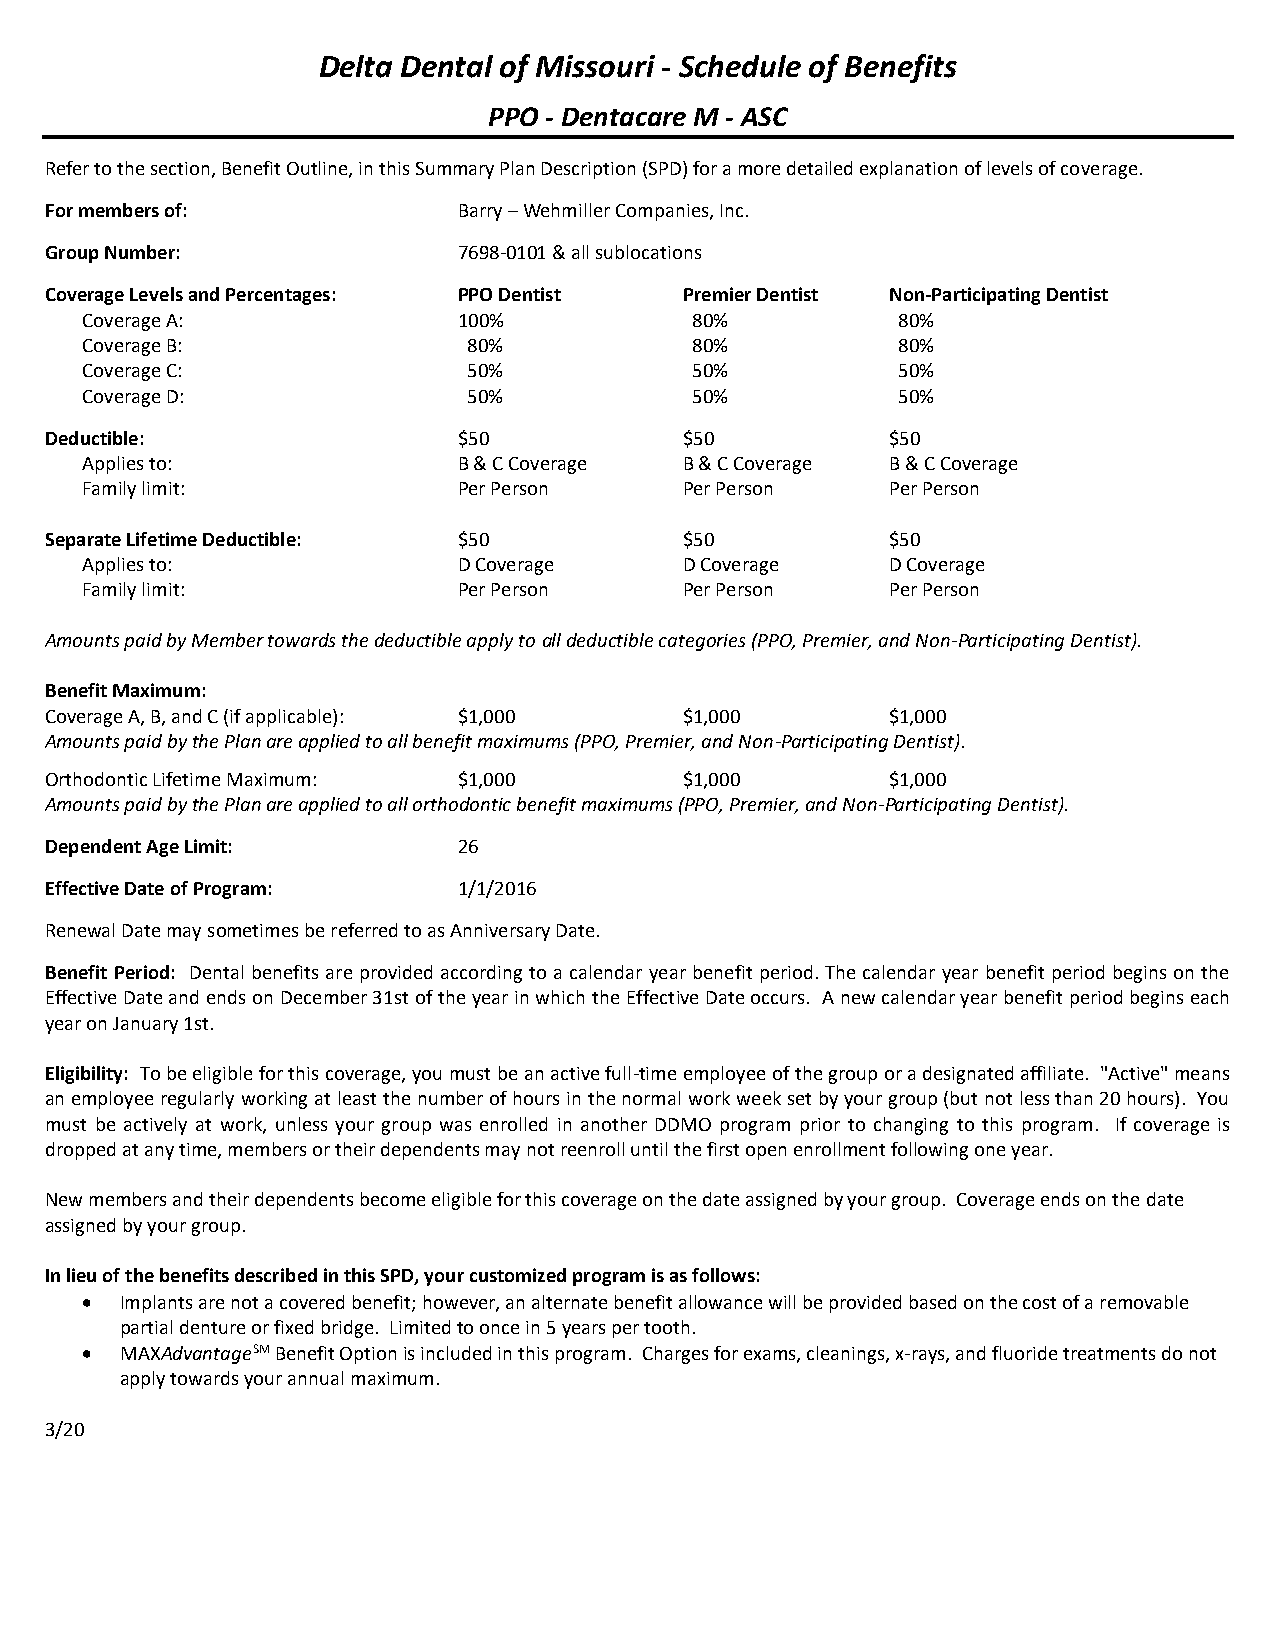
Delta Dental of Missouri - Schedule of Benefits
 PPO - Dentacare M - ASC
 Refer to the section, Benefit Outline, in this Summary Plan Description (SPD) for a more detailed explanation of levels of coverage.
 For members of:            Barry – Wehmiller Companies, Inc.
 Group Number:              7698-0101 & all sublocations
 Coverage Levels and Percentages: PPO Dentist Premier Dentist Non-Participating Dentist
 Coverage A:              100%            80%          80%
 Coverage B:               80%            80%          80%
 Coverage C:               50%            50%          50%
 Coverage D:               50%            50%          50%
 Deductible:                $50            $50           $50
 Applies to:              B & C Coverage B & C Coverage B & C Coverage
 Family limit:            Per Person     Per Person    Per Person
 Separate Lifetime Deductible: $50         $50           $50
 Applies to:              D Coverage     D Coverage    D Coverage
 Family limit:            Per Person     Per Person    Per Person
 Amounts paid by Member towards the deductible apply to all deductible categories (PPO, Premier, and Non-Participating Dentist).
 Benefit Maximum:
 Coverage A, B, and C (if applicable): $1,000 $1,000     $1,000
 Amounts paid by the Plan are applied to all benefit maximums (PPO, Premier, and Non-Participating Dentist).
 Orthodontic Lifetime Maximum: $1,000      $1,000        $1,000
 Amounts paid by the Plan are applied to all orthodontic benefit maximums (PPO, Premier, and Non-Participating Dentist).
 Dependent Age Limit:       26
 Effective Date of Program: 1/1/2016
 Renewal Date may sometimes be referred to as Anniversary Date.
 Benefit Period: Dental benefits are provided according to a calendar year benefit period. The calendar year benefit period begins on the
 Effective Date and ends on December 31st of the year in which the Effective Date occurs. A new calendar year benefit period begins each
 year on January 1st.
 Eligibility: To be eligible for this coverage, you must be an active full-time employee of the group or a designated affiliate. "Active" means
 an employee regularly working at least the number of hours in the normal work week set by your group (but not less than 20 hours). You
 must be actively at work, unless your group was enrolled in another DDMO program prior to changing to this program. If coverage is
 dropped at any time, members or their dependents may not reenroll until the first open enrollment following one year.
 New members and their dependents become eligible for this coverage on the date assigned by your group. Coverage ends on the date
 assigned by your group.
 In lieu of the benefits described in this SPD, your customized program is as follows:
   Implants are not a covered benefit; however, an alternate benefit allowance will be provided based on the cost of a removable
 partial denture or fixed bridge. Limited to once in 5 years per tooth.
   MAXAdvantageSM Benefit Option is included in this program. Charges for exams, cleanings, x-rays, and fluoride treatments do not
 apply towards your annual maximum.
 3/20